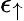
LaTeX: \epsilon_{\uparrow}